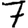
Digit: 7